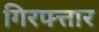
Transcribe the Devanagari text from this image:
गिरफ्त्तार